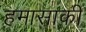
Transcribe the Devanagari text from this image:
हमासाकी